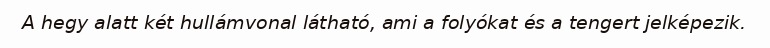
A hegy alatt két hullámvonal látható, ami a folyókat és a tengert jelképezik.